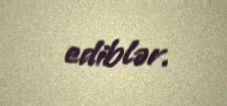
ediblər.